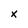
Character: x